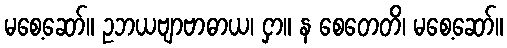
မစေ့ဆော်။ ဥဘယဗျာဗာဓာယ၊ ငှာ။ န စေတေတိ၊ မစေ့ဆော်။